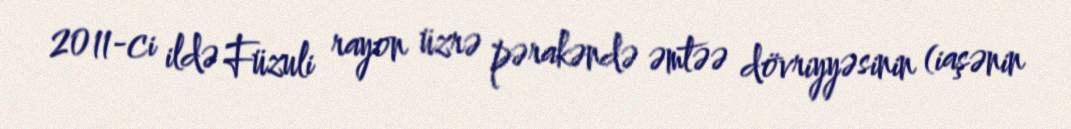
2011-ci ildə Füzuli rayon üzrə pərakəndə əmtəə dövriyyəsinin (iaşənin